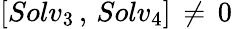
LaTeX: \left[Solv_{3}\, ,\, Solv_{4}\right]\, \ne\, 0